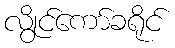
လွိုင်ကော်ခရိုင်